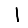
Digit: 1